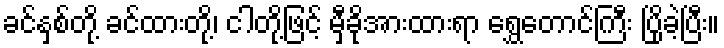
ခင်နှစ်တို့ ခင်ထားတို့၊ ငါတို့ဖြင့် မှီခိုအားထားရာ ရွှေတောင်ကြီး ပြိုခဲ့ပြီး။